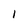
Character: 1